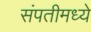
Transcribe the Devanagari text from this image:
संपतीमध्ये